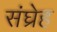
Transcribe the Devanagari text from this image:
संघ्रेह